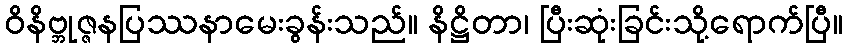
ဝိနိဗ္ဘုဇ္ဇနပြဿနာမေးခွန်းသည်။ နိဋ္ဌိတာ၊ ပြီးဆုံးခြင်းသို့ရောက်ပြီ။